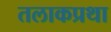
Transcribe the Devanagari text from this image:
तलाकप्रथा